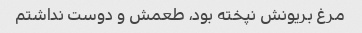
مرغ بریونش نپخته بود، طعمش و دوست نداشتم